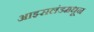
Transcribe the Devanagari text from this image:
आइसलंडमधून